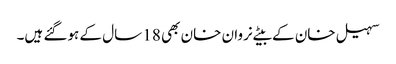
سہیل خان کے بیٹے نروان خان بھی 18 سال کے ہوگئے ہیں۔